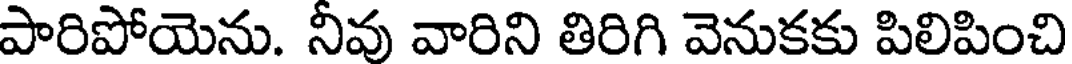
పారిపోయెను. నీవు వారిని తిరిగి వెనుకకు పిలిపించి